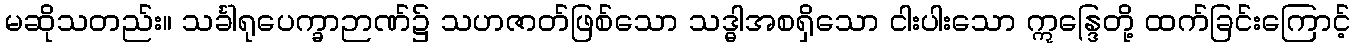
မဆိုသတည်း။ သင်္ခါရုပေက္ခာဉာဏ်၌ သဟဇာတ်ဖြစ်သော သဒ္ဓါအစရှိသော ငါးပါးသော ဣန္ဒြေတို့ ထက်ခြင်းကြောင့်